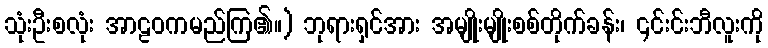
သုံးဦးစလုံး အာဠဝကမည်ကြ၏။) ဘုရားရှင်အား အမျိုးမျိုးစစ်တိုက်ခန်း၊ ၎င်းင်းဘီလူးကို